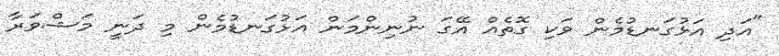
"އަދި އަޅުގަނޑުމެން ވަކި ގޮތެއް އޭގަ ނުނިންމަން އަޅުގަނޑުމެން މި ދަނީ މަޝްވަރާ